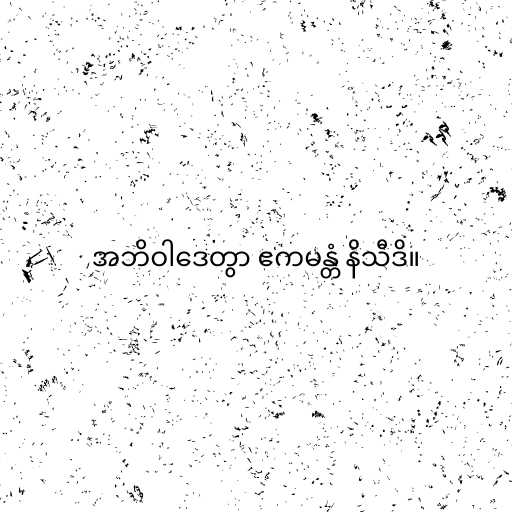
အဘိဝါဒေတွာ ဧကမန္တံ နိသီဒိ။